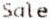
SALE